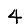
Digit: 4